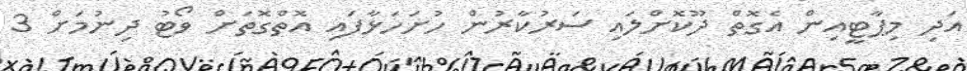
އަދި މިޕާޓީއިން އެގޮތް ދޫކޮށްލައި ސަރުކާރުން ހުށަހަޅާފައި އޮތްގޮތަށް ވޯޓު ދިނުމަށް 3